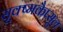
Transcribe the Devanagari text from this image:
सूक्ष्मकैप्सूल